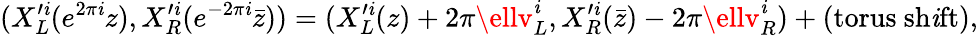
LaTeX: (X_{L}^{\prime\mathit{i}}(e^{2\pi\mathit{i}}z),X_{R}^{\prime\mathit{i}}(e^{-2\pi\mathit{i}}\bar{{z}}))=(X_{L}^{\prime\mathit{i}}(z)+2\pi\ellv_{L}^{\mathit{i}},X_{R}^{\prime\mathit{i}}(\bar{{z}})-2\pi\ellv_{R}^{\mathit{i}})+(\mathrm{{torus\ sh\mathit{i}ft}}),